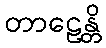
တာဠေန္တိ